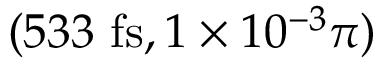
( 5 3 3 ~ \mathrm { f s } , 1 \times 1 0 ^ { - 3 } \pi )